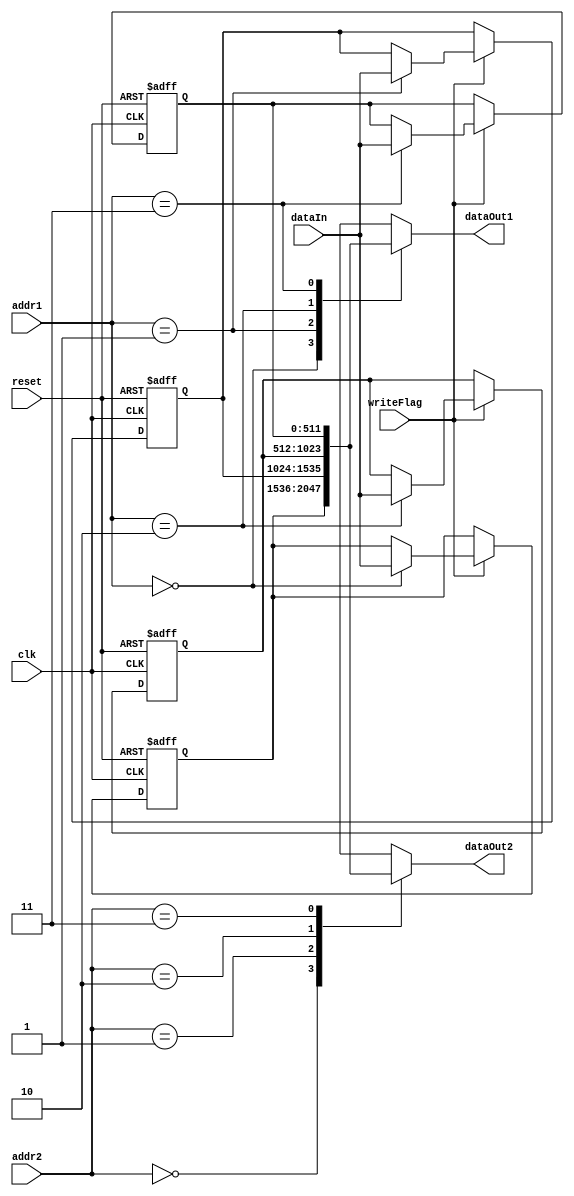
module registerFile (
    input clk, reset, writeFlag, input [511:0] dataIn,
    input [1:0] addr1, addr2, output reg [511:0] dataOut1, dataOut2
);
reg signed[511:0] A1, A2,A3,A4;


always @(*) begin
    case (addr1)
        2'b00: dataOut1 <= A1; 
        2'b01: dataOut1 <= A2;  
        2'b10: dataOut1 <= A3; 
        2'b11: dataOut1 <= A4;
    endcase     
    case (addr2)
        2'b00: dataOut2 <= A1; 
        2'b01: dataOut2 <= A2;  
        2'b10: dataOut2 <= A3; 
        2'b11: dataOut2 <= A4;
    endcase
end

always @(posedge clk, posedge reset) begin
    if (reset == 1) begin
        A1 <= 512'b0; A2 <= 512'b0;
        A3 <= 512'b0; A4 <= 512'b0;
    end else if (writeFlag) begin
        case (addr1)
            2'b00: A1 <= dataIn; 
            2'b01: A2 <= dataIn; 
            2'b10: A3 <= dataIn; 
            2'b11: A4 <= dataIn; 
        endcase
    end
end
endmodule